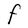
Character: F